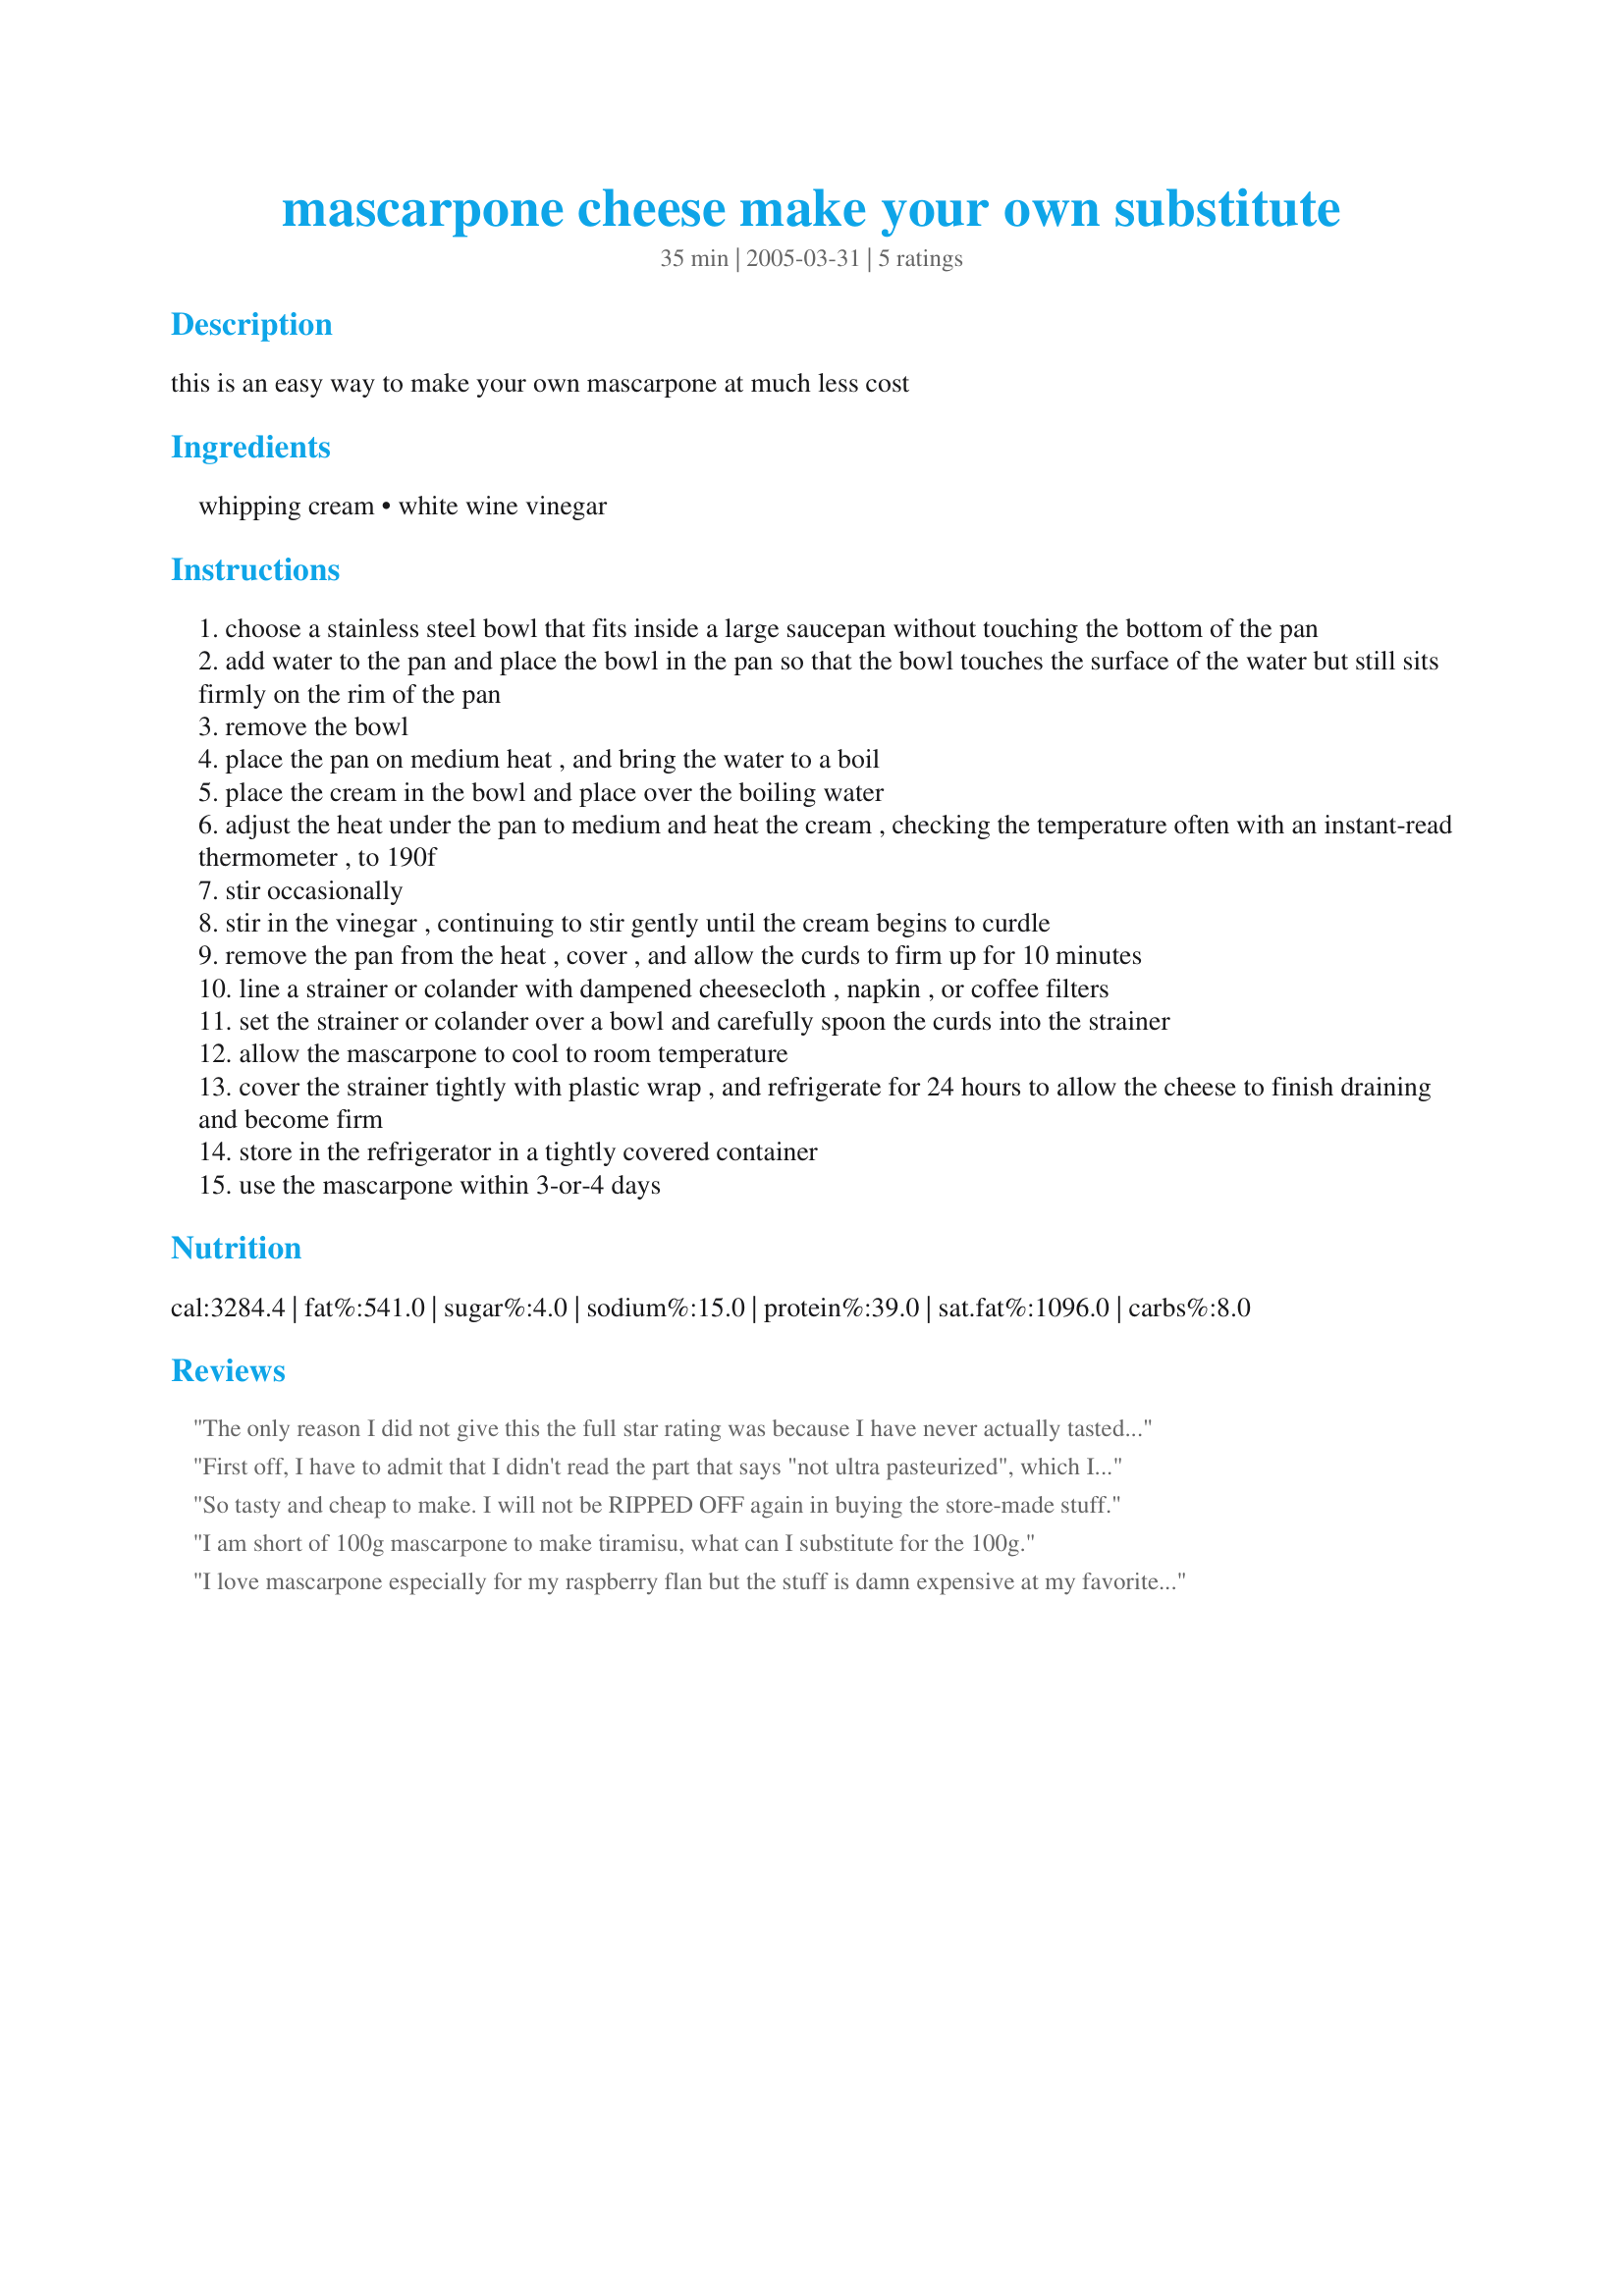
mascarpone cheese make your own substitute
Preparation time: 35 minutes

this is an easy way to make your own mascarpone at much less cost

Ingredients:
whipping cream, white wine vinegar

Steps:
choose a stainless steel bowl that fits inside a large saucepan without touching the bottom of the pan
add water to the pan and place the bowl in the pan so that the bowl touches the surface of the water but still sits firmly on the rim of the pan
remove the bowl
place the pan on medium heat , and bring the water to a boil
place the cream in the bowl and place over the boiling water
adjust the heat under the pan to medium and heat the cream , checking the temperature often with an instant-read thermometer , to 190f
stir occasionally
stir in the vinegar , continuing to stir gently until the cream begins to curdle
remove the pan from the heat , cover , and allow the curds to firm up for 10 minutes
line a strainer or colander with dampened cheesecloth , napkin , or coffee filters
set the strainer or colander over a bowl and carefully spoon the curds into the strainer
allow the mascarpone to cool to room temperature
cover the strainer tightly with plastic wrap , and refrigerate for 24 hours to allow the cheese to finish draining and become firm
store in the refrigerator in a tightly covered container
use the mascarpone within 3-or-4 days

Reviews:
The only reason I did not give this the full star rating was because I have never actually tasted real mascapone cheese as it's not sold in my country, hence my interest in this recipe. As far as my uneducated tastebuds go this made a pretty decent cream cheese-like cheese that I was very statsfied with. Thank You Nick's Mom
First off, I have to admit that I didn't read the part that says "not ultra pasteurized", which I guess wouldn't have mattered for me since the ultra pasteurized is all I have access to anyway. Well, guess what? Ultra pasteurized cream doesn't curdle, it just gets very thick when the vinegar is added. I stirred and stirred, but when it became clear it wasn't going to produce any curds I continued with the recipe and hoped for the best. Eureka! After 24 hours sitting in a coffee filter-lined sieve in the fridge, I actually got a firm product! It wasn't quite as solid as regular mascarpone (it could probably have stood a few more hours of draining) but it was good enough to make a great tiramisu. Best yet, one quart really does yield 1 lb., which can cost $10+ in stores. Thanks for the super directions in this recipe - even with me using the wrong cream it still enabled me to create a great end product!
So tasty and cheap to make. I will not be RIPPED OFF again in buying the store-made stuff.
I am short of 100g mascarpone to make tiramisu, what can I substitute for the 100g.
I love mascarpone especially for my raspberry flan but the stuff is damn expensive at my favorite deli. I am very pleased with the result and it spread so nicely. Thank you.
